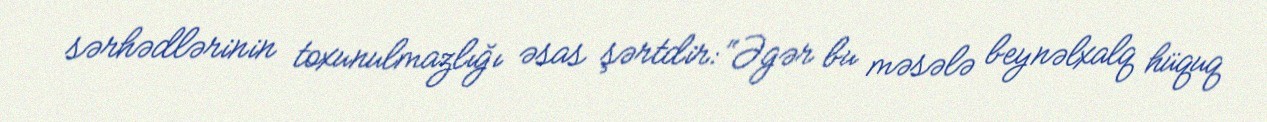
sərhədlərinin toxunulmazlığı əsas şərtdir: “Əgər bu məsələ beynəlxalq hüquq